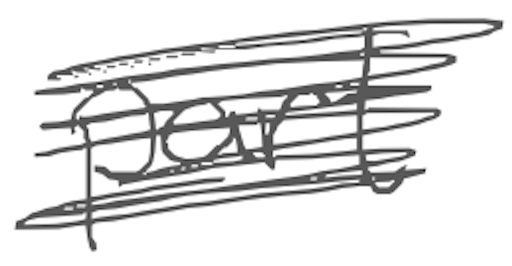
Text: part
Cross-out: scratch
Writing tool: digital_gray